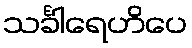
သင်္ခါရေဟိပေ